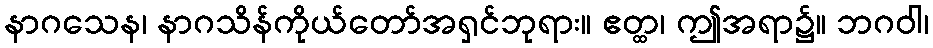
နာဂသေန၊ နာဂသိန်ကိုယ်တော်အရှင်ဘုရား။ ဧတ္ထ၊ ဤအရာ၌။ ဘဂဝါ၊